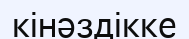
кінәздікке